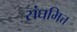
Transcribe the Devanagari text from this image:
संघमित्त